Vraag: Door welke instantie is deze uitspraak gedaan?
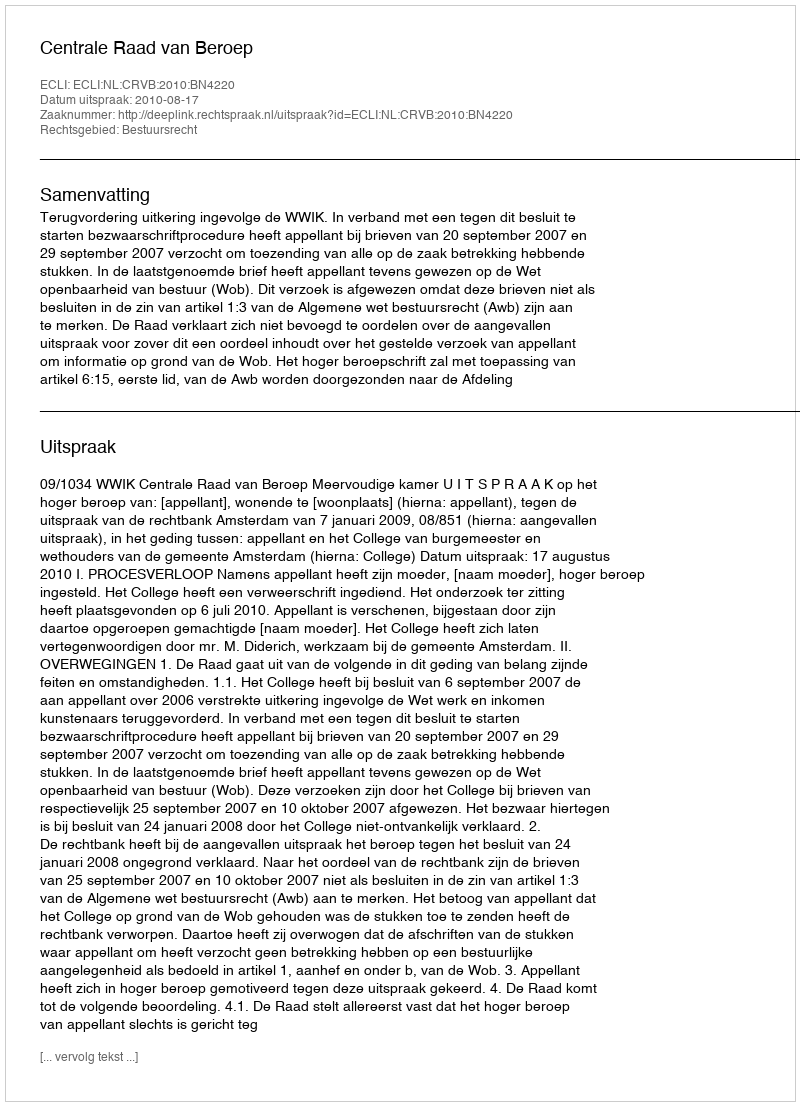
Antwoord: Centrale Raad van Beroep